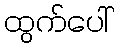
ထွက်ပေါ်